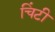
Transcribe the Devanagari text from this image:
चिंटी